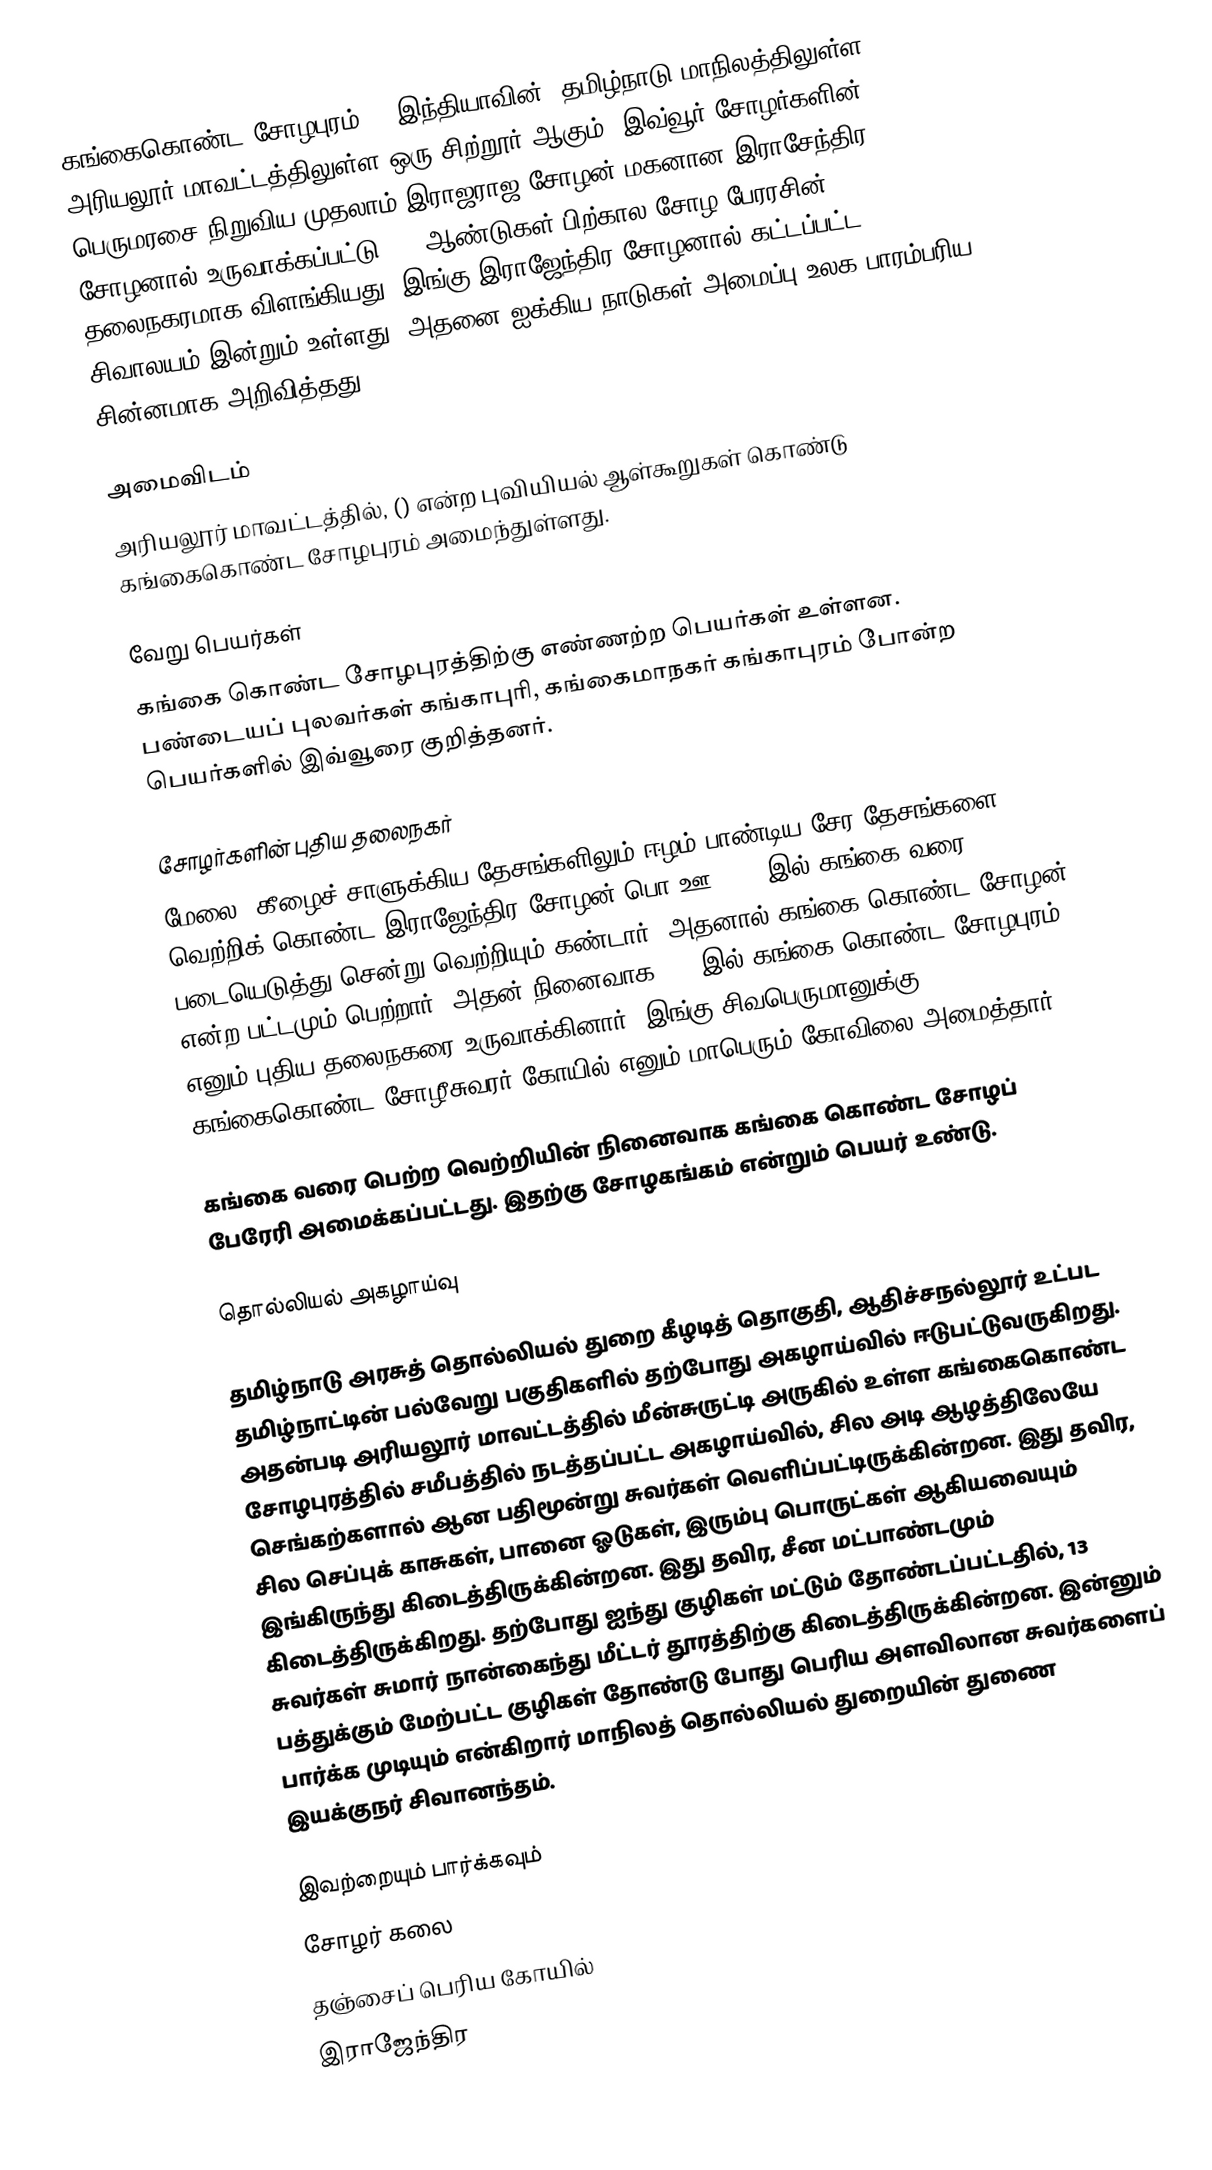
கங்கைகொண்ட சோழபுரம் () இந்தியாவின், தமிழ்நாடு மாநிலத்திலுள்ள அரியலூர் மாவட்டத்திலுள்ள ஒரு சிற்றூர் ஆகும். இவ்வூர் சோழர்களின் பெருமரசை நிறுவிய முதலாம் இராஜராஜ சோழன் மகனான இராசேந்திர சோழனால் உருவாக்கப்பட்டு 250 ஆண்டுகள் பிற்கால சோழ பேரரசின் தலைநகரமாக விளங்கியது. இங்கு இராஜேந்திர சோழனால் கட்டப்பட்ட சிவாலயம் இன்றும் உள்ளது. அதனை ஐக்கிய நாடுகள் அமைப்பு உலக பாரம்பரிய சின்னமாக அறிவித்தது.

அமைவிடம்
அரியலூர் மாவட்டத்தில், () என்ற புவியியல் ஆள்கூறுகள் கொண்டு கங்கைகொண்ட சோழபுரம் அமைந்துள்ளது.

வேறு பெயர்கள்
கங்கை கொண்ட சோழபுரத்திற்கு எண்ணற்ற பெயர்கள் உள்ளன. பண்டையப் புலவர்கள் கங்காபுரி, கங்கைமாநகர் கங்காபுரம் போன்ற பெயர்களில் இவ்வூரை குறித்தனர்.

சோழர்களின் புதிய தலைநகர்
மேலை, கீழைச் சாளுக்கிய தேசங்களிலும் ஈழம் பாண்டிய சேர தேசங்களை வெற்றிக் கொண்ட இராஜேந்திர சோழன் பொ.ஊ. 1019இல் கங்கை வரை படையெடுத்து சென்று வெற்றியும் கண்டார். அதனால் கங்கை கொண்ட சோழன் என்ற பட்டமும் பெற்றார். அதன் நினைவாக 1023இல் கங்கை கொண்ட சோழபுரம் எனும் புதிய தலைநகரை உருவாக்கினார். இங்கு சிவபெருமானுக்கு கங்கைகொண்ட சோழீசுவரர் கோயில் எனும் மாபெரும் கோவிலை அமைத்தார்

கங்கை வரை பெற்ற வெற்றியின் நினைவாக கங்கை கொண்ட சோழப் பேரேரி அமைக்கப்பட்டது. இதற்கு சோழகங்கம் என்றும் பெயர் உண்டு.

தொல்லியல் அகழாய்வு

தமிழ்நாடு அரசுத் தொல்லியல் துறை கீழடித் தொகுதி, ஆதிச்சநல்லூர் உட்பட தமிழ்நாட்டின் பல்வேறு பகுதிகளில் தற்போது அகழாய்வில் ஈடுபட்டுவருகிறது. அதன்படி  அரியலூர் மாவட்டத்தில் மீன்சுருட்டி அருகில் உள்ள கங்கைகொண்ட சோழபுரத்தில் சமீபத்தில் நடத்தப்பட்ட அகழாய்வில், சில அடி ஆழத்திலேயே செங்கற்களால் ஆன பதிமூன்று சுவர்கள் வெளிப்பட்டிருக்கின்றன. இது தவிர, சில செப்புக் காசுகள், பானை ஓடுகள், இரும்பு பொருட்கள் ஆகியவையும் இங்கிருந்து கிடைத்திருக்கின்றன. இது தவிர, சீன மட்பாண்டமும் கிடைத்திருக்கிறது. தற்போது ஐந்து குழிகள் மட்டும் தோண்டப்பட்டதில், 13 சுவர்கள் சுமார் நான்கைந்து மீட்டர் தூரத்திற்கு கிடைத்திருக்கின்றன. இன்னும் பத்துக்கும் மேற்பட்ட குழிகள் தோண்டு போது பெரிய அளவிலான சுவர்களைப் பார்க்க முடியும் என்கிறார் மாநிலத் தொல்லியல் துறையின் துணை இயக்குநர் சிவானந்தம்.

இவற்றையும் பார்க்கவும்
 சோழர் கலை
 தஞ்சைப் பெரிய கோயில்
 இராஜேந்திர